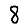
Digit: 8